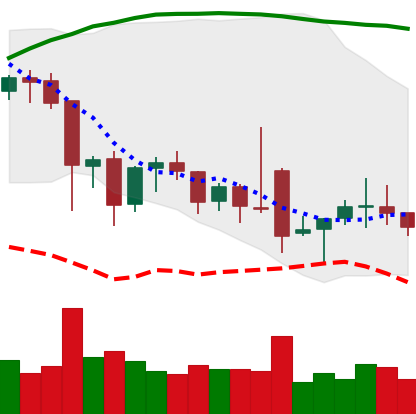
Ticker: ETC-USD
Chart end date: 2021-12-02
Forward return: -15.565%
Label: down_7plus